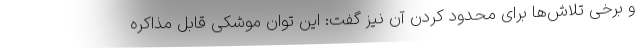
و برخی تلاش‌ها برای محدود کردن آن نیز گفت: این توان موشکی قابل مذاکره